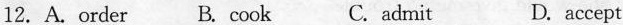
12. A. order B. cook C. admit D. accept